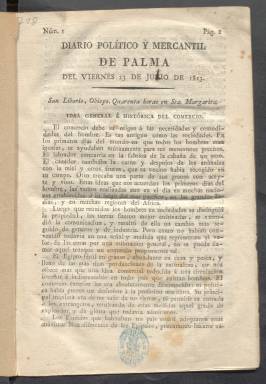
Título: Diario político y mercantil de Palma
Colección: Periódicos anteriores a 1850
Ámbito geográfico: Baleares
Lugar de publicación: Palma
Fechas: 23/07/1813-31/12/1813